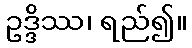
ဥဒ္ဒိဿ၊ ရည်၍။